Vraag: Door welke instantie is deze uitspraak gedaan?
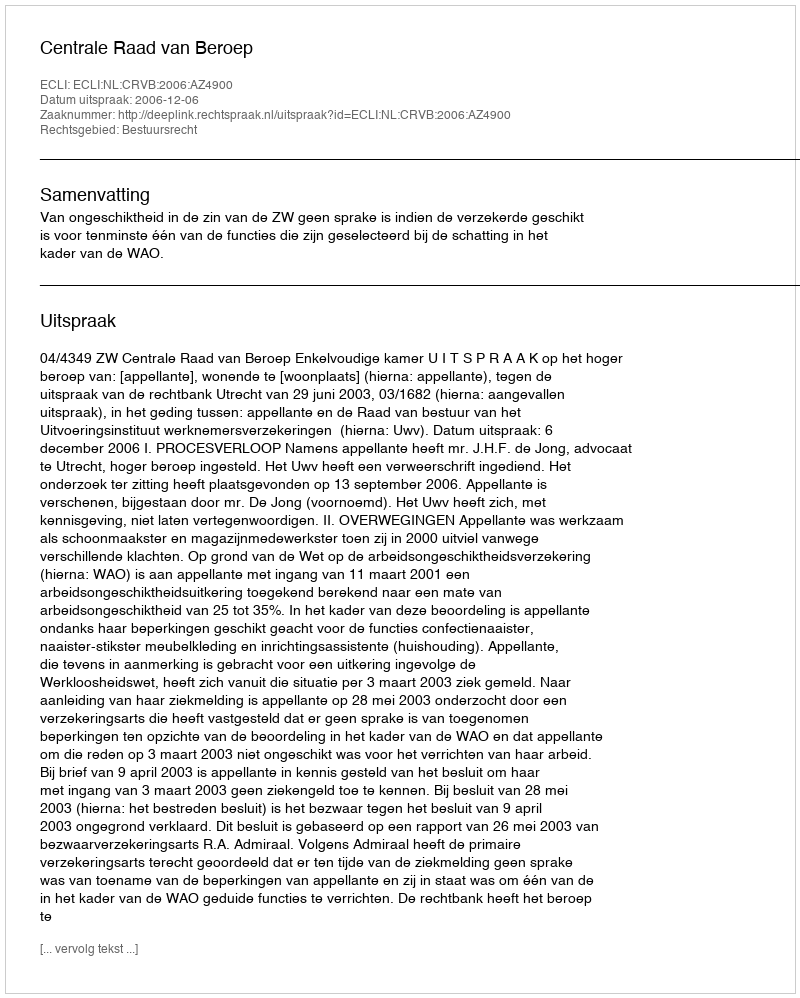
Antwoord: Centrale Raad van Beroep